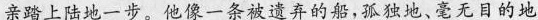
亲踏上陆地一步。他像一条被遗弃的船,孤独地、毫无目的地